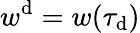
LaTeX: w^{\mathrm{d}}=w(\tau_{\mathrm{d}})